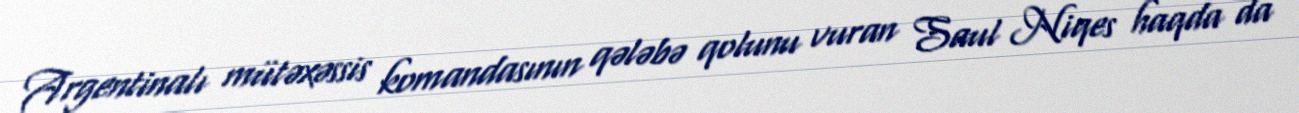
Argentinalı mütəxəssis komandasının qələbə qolunu vuran Saul Niqes haqda da